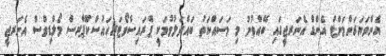
އެންވަޔަރަންމަންޓް އެންޑް އެނަރޖީގައި ބޭއްވުނު މި މަސައްކަތު ބައްދަލުވުމަކީ ޕްރައިސްވޯޓަރހައުސްކޫޕާރސް މޯލްޑިވްސް އެނަރޖީ